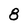
Character: 8